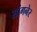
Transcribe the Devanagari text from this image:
सांगनेर